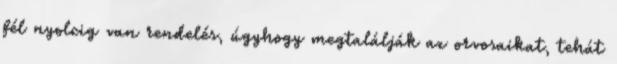
fél nyolcig van rendelés, úgyhogy megtalálják az orvosaikat, tehát